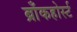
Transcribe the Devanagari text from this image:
ब्राँकहोर्स्ट